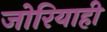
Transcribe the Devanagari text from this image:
जोरियाही